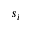
s _ { i }